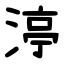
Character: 渟